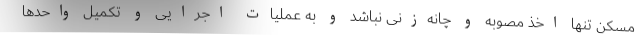
مسکن تنها اخذ مصوبه و چانه‌زنی نباشد و به عملیات اجرایی و تکمیل واحدها